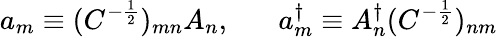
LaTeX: a_{m}\equiv(C^{-\frac{1}{2}})_{mn}A_{n},\; \; \; \; \; \; a_{m}^{\dagger}\equiv A_{n}^{\dagger}(C^{-\frac{1}{2}})_{nm}